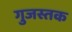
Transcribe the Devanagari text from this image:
गुजस्तक